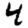
Digit: 4